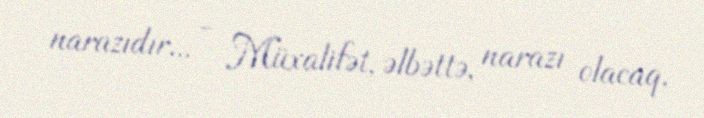
narazıdır... - Müxalifət, əlbəttə, narazı olacaq.